Report on the nature of kala-azar
Disease focus: Kala-Azar
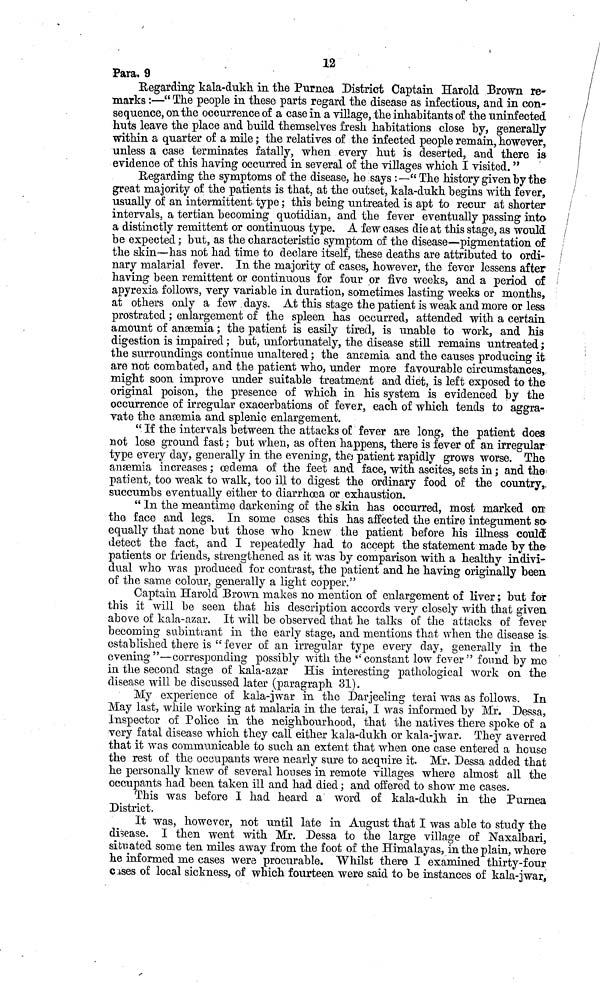
12
Para. 9
B/egarding kala-dukh in the Purnea District Captain Harold Brown re-
marks :—" The people in these parts regard the disease as infections, and in con-
sequence, on the occurrence of a case in a village, the inhabitants of the uninfected
huts leave the place and build themselves fresh habitations close by, generally
within a quarter of a mile ; the relatives of the infected people remain, however,
unless a case terminates fatally, when every hut is deserted, and there is-
isevidence of this having occurred in several of the villages which I visited. "
Regarding the symptoms of the disease, he says :—"The history given by the·
great majority of the patients is that, at the outset, kala-dukh begins with fever,
usually of an intermittent type ; this being untreated is apt to recur at shorter
intervals, a tertian becoming quotidian, and the fever eventually passing into
a distinctly remittent or continuous type. A few cases die at this stage, as would
be expected ; but, as the characteristic symptom of the disease—pigmentation of
the skin—has not had time to declare itself, these deaths are attributed to ordi-
nary malarial fever. In the majority of cases, however, the fever lessens after
having been remittent or continuous for four or five weeks, and a period of
apyrexia follows, very variable in duration, sometimes lasting weeks or months,
at others only a few days. At this stage the patient is weak and more or less
prostrated ; enlargement of the spleen has occurred, attended with a certain
amount of anæmia ; the patient is easily tired, is unable to work, and his
digestion is impaired ; but, unfortunately, the disease still remains untreated ;
the surroundings continue unaltered ; the anærnia and the causes producing it
are not combated, and the patient who, under more favourable circumstances,
might soon improve under suitable treatment and diet, is left exposed to the
original poison, the presence of which in his system is evidenced by the
occurrence of irregular exacerbations of fever, each of which tends to aggra-
vate the anæmia and splenic enlargement.
" If the intervals between the attacks of fever are long, the patient does
not lose ground fast ; but when, as often happens, there is fever of an irregular
type every day, generally in the evening, the patient rapidly grows worse. The
anæmia increases ; œdema of the feet and face, with ascites, sets in ; and the
patient, too weak to walk, too ill to digest the ordinary food of the country,
succumbs eventually either to diarrhoea or exhaustion.
" In the meantime darkening of the skin has occurred, most marked on
the face and legs. In some cases this has affected the entire integument so
equally that none but those who knew the patient before his illness could
detect the fact, and I repeatedly had to accept the statement made by the-
patients or Mends, strengthened as it was by comparison with a healthy indivi-
dual who was produced for contrast, the patient and he having originally been
of the same colour, generally a light copper."
Captain Harold Brown makes no mention of enlargement of liver ; but for
this it will be seen that his description accords very closely with that given
above of kala-azar. It will be observed that he talks of the attacks of fever
becoming subintrant in the early stage, and mentions that when the disease is-
establishecl there is " fever of an irregular type every clay, generally in the
evening"—corresponding possibly with the "constant low fever" found by me
in the second stage of kala-azar His interesting pathological work on the
disease will be discussed later (paragraph 31).
My experience of kala-jwar in the Darjeeling terai was as follows. In
May last, while working at malaria in the terai, I was informed by Mr. Dessa,
Inspector of Police in the neighbourhood, that the natives there spoke of a
very fatal disease which they call either kala-dukh or kala-jwar. They averred
that it was communicable to such an extent that when one case entered a house
the rest of the occupants were nearly sure to acquire it. Mr. Dessa added that
he personally knew of several houses in remote villages where almost all the
occupants had been taken ill and had died ; and offered to show me cases.
This was before I had heard a word of kala-dukh in the Purnea
District.
It was, however, not until late in August that I was able to study the
disease. I then went with Mr. Dessa to the large village of Naxalbari,
situated some ten miles away from the foot of the Himalayas, in the plain, where
he informed me cases were procurable. Whilst there I examined thirty-four
cases of local sickness, of which fourteen were said to be instances of kala-jwar,